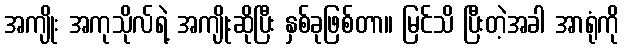
အကျိုး အကုသိုလ်ရဲ့ အကျိုးဆိုပြီး နှစ်ခုဖြစ်တာ။ မြင်သိ ပြီးတဲ့အခါ အာရုံကို